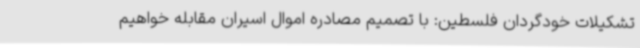
تشکیلات خودگردان فلسطین: با تصمیم مصادره اموال اسیران مقابله خواهیم